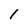
Character: 1